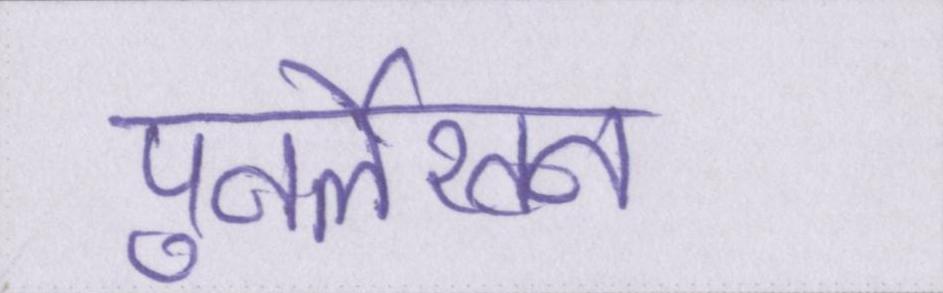
पुनर्लेखन